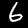
Digit: 6